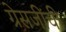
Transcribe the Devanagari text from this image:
ग्रेसजींची